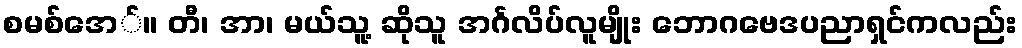
စမစ်အေ်။ တီ၊ အာ၊ မယ်သူ့ ဆိုသူ အင်္ဂလိပ်လူမျိုး ဘောဂဗေဒပညာရှင်ကလည်း